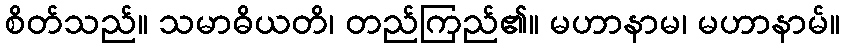
စိတ်သည်။ သမာဓိယတိ၊ တည်ကြည်၏။ မဟာနာမ၊ မဟာနာမ်။